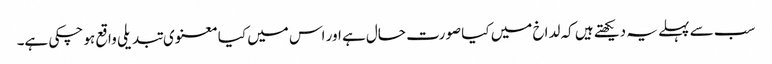
سب سے پہلے یہ دیکھتے ہیں کہ لداخ میں کیا صورت حال ہے اور اس میں کیا معنوی تبدیلی واقع ہو چکی ہے۔